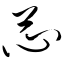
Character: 芯